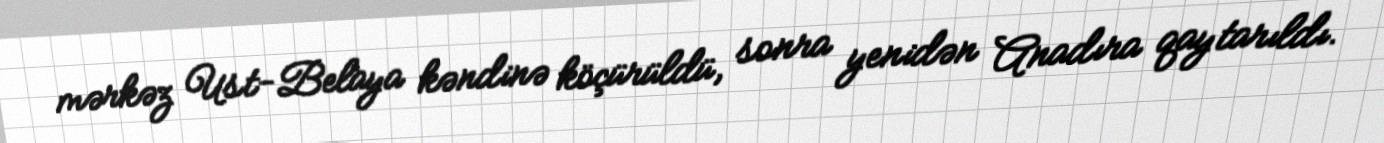
mərkəz Ust-Belaya kəndinə köçürüldü, sonra yenidən Anadıra qaytarıldı.